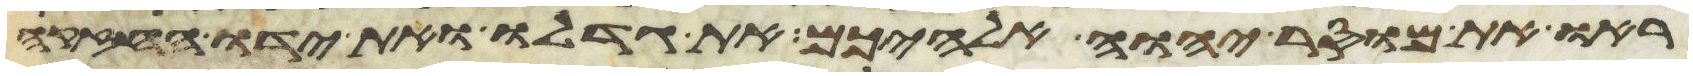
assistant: ראו את מוסר יהוה אלהיכם את גדלו ואת ידו החזקה